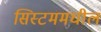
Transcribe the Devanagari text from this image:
सिस्टममधील